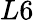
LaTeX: L6